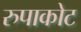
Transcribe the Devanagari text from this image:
रुपाकोट